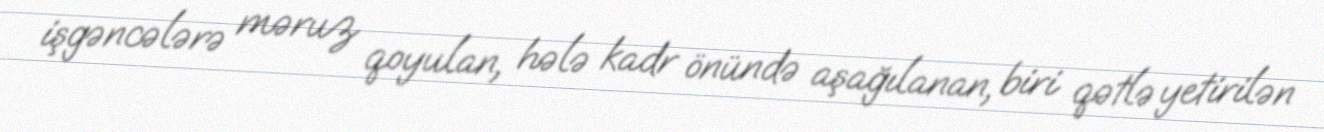
işgəncələrə məruz qoyulan, hələ kadr önündə aşağılanan, biri qətlə yetirilən